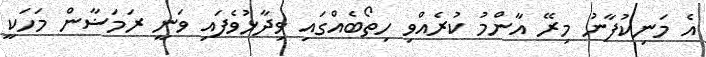
އެ މަނިކުފާނު މިރޭ އާންމު ކުރެއްވި ހިތޯބެއްގައި ވިދާޅުވެފައި ވަނީ ރަމަޟާން މަހަކީ